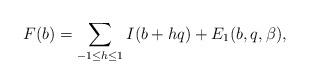
LaTeX: \begin{align*}F(b)=\sum_{-1\le h\le1}I(b+hq)+E_1(b,q,\beta),\end{align*}